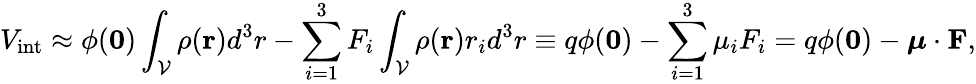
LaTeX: V_{\mathrm{int}}\approx\phi(\mathbf{0})\int_{\mathcal{V}}\rho(\mathbf{r})d^{3}r-\sum_{i=1}^{3}F_{i}\int_{\mathcal{V}}\rho(\mathbf{r})r_{i}d^{3}r\equiv q\phi(\mathbf{0})-\sum_{i=1}^{3}\mu_{i}F_{i}=q\phi(\mathbf{0})-{\boldsymbol{\mu}}\cdot\mathbf{F},